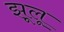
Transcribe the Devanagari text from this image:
झूलू